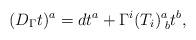
LaTeX: \begin{align*}(D_{\Gamma}t)^{a} = dt^{a} + \Gamma^{i}(T_{i})^{a}_{\,\,b}t^{b},\end{align*}